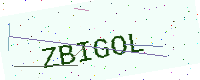
Text: ZBIGOL